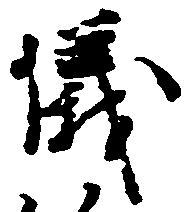
儀